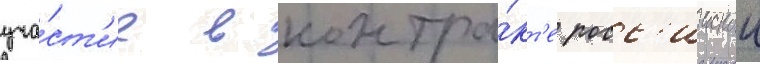
уча́ст'ие в контра́кт'е росс'иискои